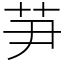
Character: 芛